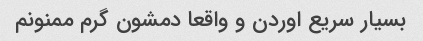
بسیار سریع اوردن و واقعا دمشون گرم ممنونم